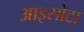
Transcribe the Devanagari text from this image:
आइसोटा